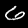
Label: 6